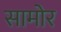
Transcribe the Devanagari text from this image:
सामोर